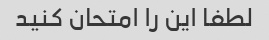
لطفا این را امتحان کنید